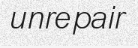
unrepair